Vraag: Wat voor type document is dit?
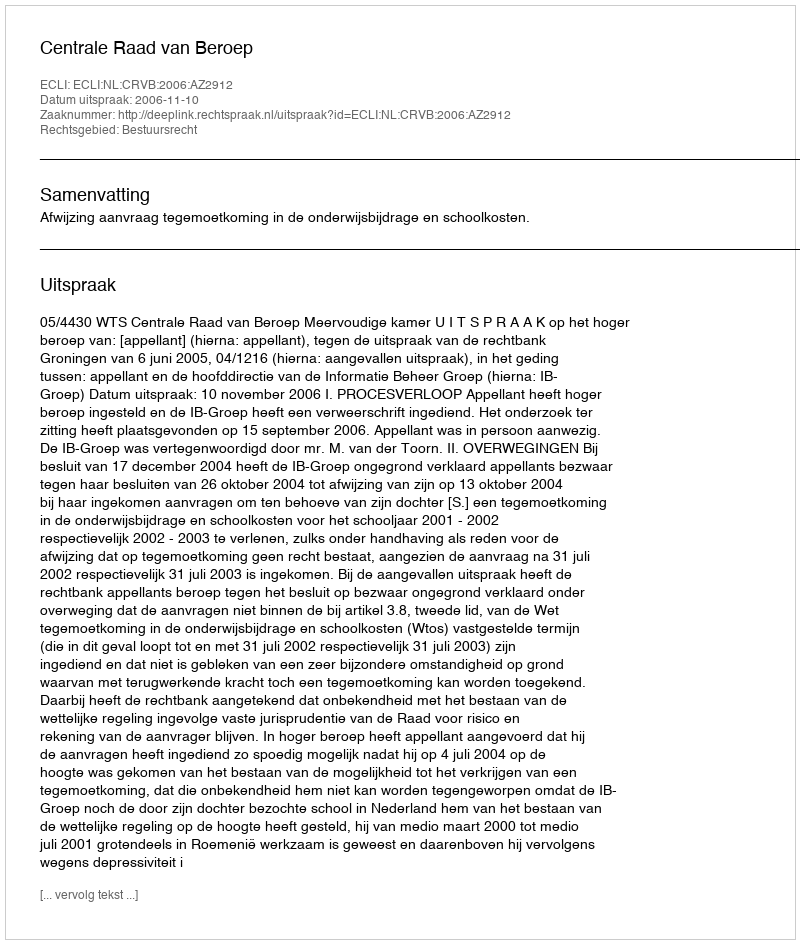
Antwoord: Uitspraak